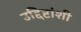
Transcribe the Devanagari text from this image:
उद्दिष्टांशी